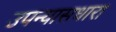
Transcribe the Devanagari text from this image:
उपन्यासधारा